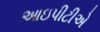
આઇપીટીએ